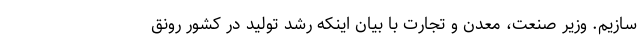
سازیم. وزیر صنعت، معدن و تجارت با بیان اینکه رشد تولید در کشور رونق